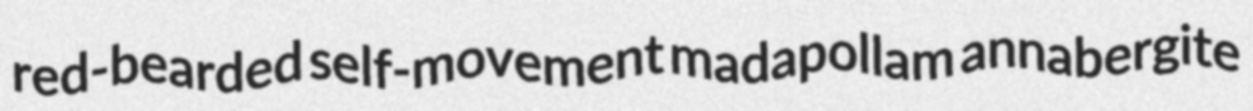
red-bearded self-movement madapollam annabergite